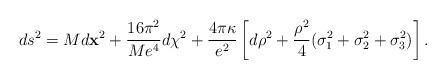
LaTeX: \begin{align*}ds^2 = M d{\bf x}^2 + {16\pi^2 \over M e^4} d\chi^2 + \frac{4 \pi \kappa}{e^2} \left[ d\rho^2 + {\rho^2\over 4} (\sigma_1^2 + \sigma_2^2 + \sigma_3^2) \right] .\end{align*}